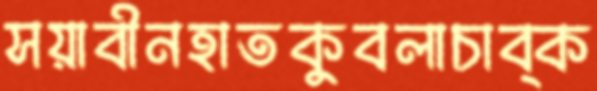
সয়াবীনহাতকুবলাচাব্‌ক